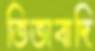
তিতাবাদি